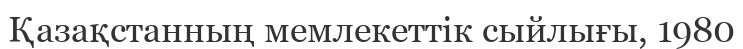
Қазақстанның мемлекеттік сыйлығы, 1980